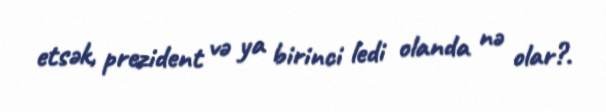
etsək, prezident və ya birinci ledi olanda nə olar?.